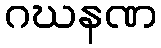
ဂဃနဏ